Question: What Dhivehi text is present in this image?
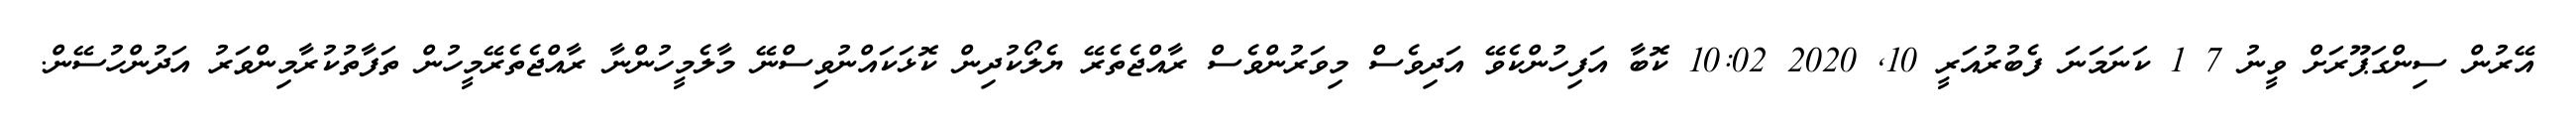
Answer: އޭރުން ސިންގަޕޫރަށް ވީނު 7 1 ކަނަމަނަ ފެބުރުއަރީ 10, 2020 10:02 ކޮބާ އަފިހުންކެވޭ އަދިވެސް މިވަރުންވެސް ރާއްޖެތެރޭ ޔެލޯކުދިން ކޮޅަކައްނުވިސްނޭ މާލެމީހުންނާ ރާއްޖެތެރޭމީހުން ތަފާތުކުރާމިންވަރު އަދުންހުސޭން.